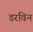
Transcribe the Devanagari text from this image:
डरविन